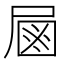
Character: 𡲖